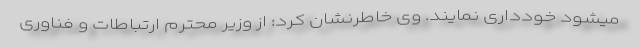
میشود خودداری نمایند. وی خاطرنشان کرد: از وزیر محترم ارتباطات و فناوری